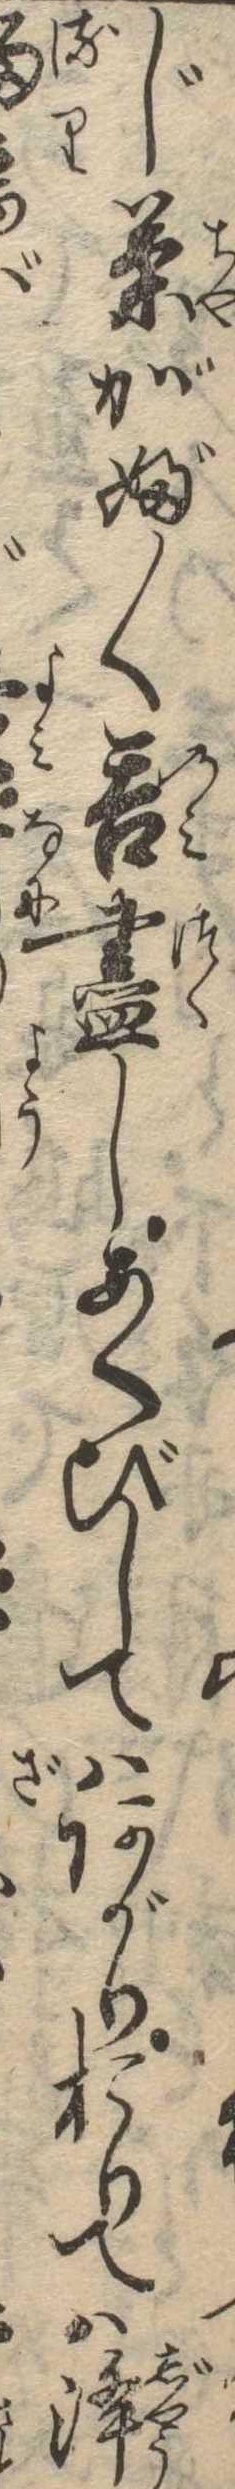
じ茶がぶ〱呑尽しあくびしてはあがりおりては浄